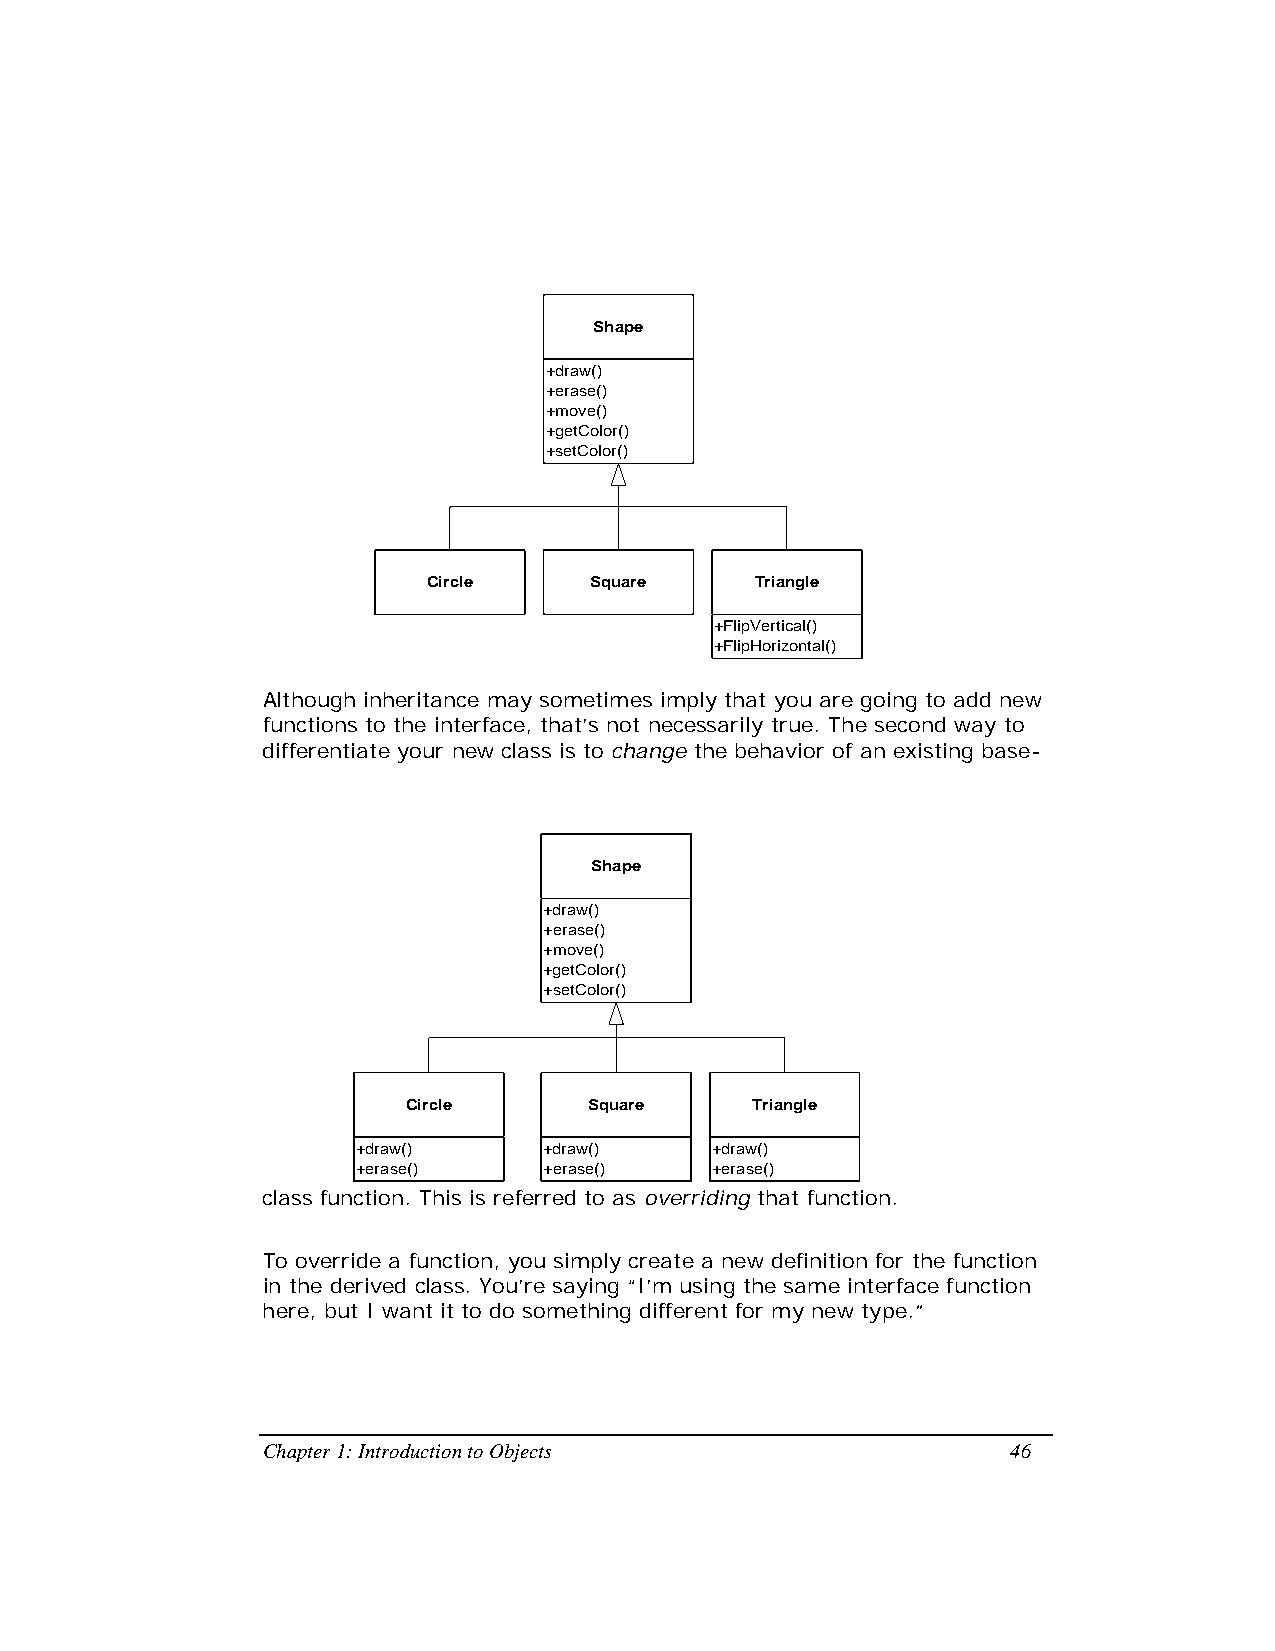
Shape
 +draw()
 +erase()
 +move()
 +getColor()
 +setColor()
 Circle     Square     Triangle
 +FlipVertical()
 +FlipHorizontal()
 Although inheritance may sometimes imply that you are going to add new
 functions to the interface, that’s not necessarily true. The second way to
 differentiate your new class is to change the behavior of an existing base-
 Shape
 +draw()
 +erase()
 +move()
 +getColor()
 +setColor()
 Circle      Square     Triangle
 +draw()     +draw()    +draw()
 +erase()    +erase()   +erase()
 class function. This is referred to as overriding that function.
 To override a function, you simply create a new definition for the function
 in the derived class. You’re saying “I’m using the same interface function
 here, but I want it to do something different for my new type.”
 Chapter 1: Introduction to Objects                46